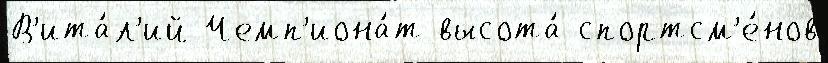
В'ита́л'ий Чемп'иона́т высота́ спортсм'е́нов